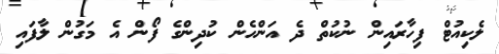
ލެކިއުޓް ފިހާރައިން ނުކުތް ދެ އަންހެން ކުދިންގެ ފޯން އެ މަގުން ލާފައި